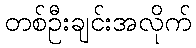
တစ်ဦးချင်းအလိုက်